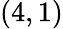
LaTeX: (4,1)